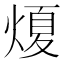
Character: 𤌤